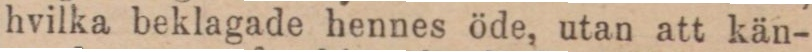
hvilka beklagade hennes öde, utan att kän-